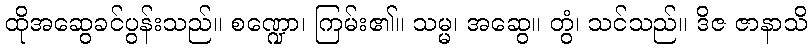
ထိုအဆွေခင်ပွန်းသည်။ စဏ္ဍော၊ ကြမ်း၏။ သမ္မ၊ အဆွေ။ တွံ၊ သင်သည်။ ဒိဇ ဇာနာသိ